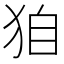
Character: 𤝼